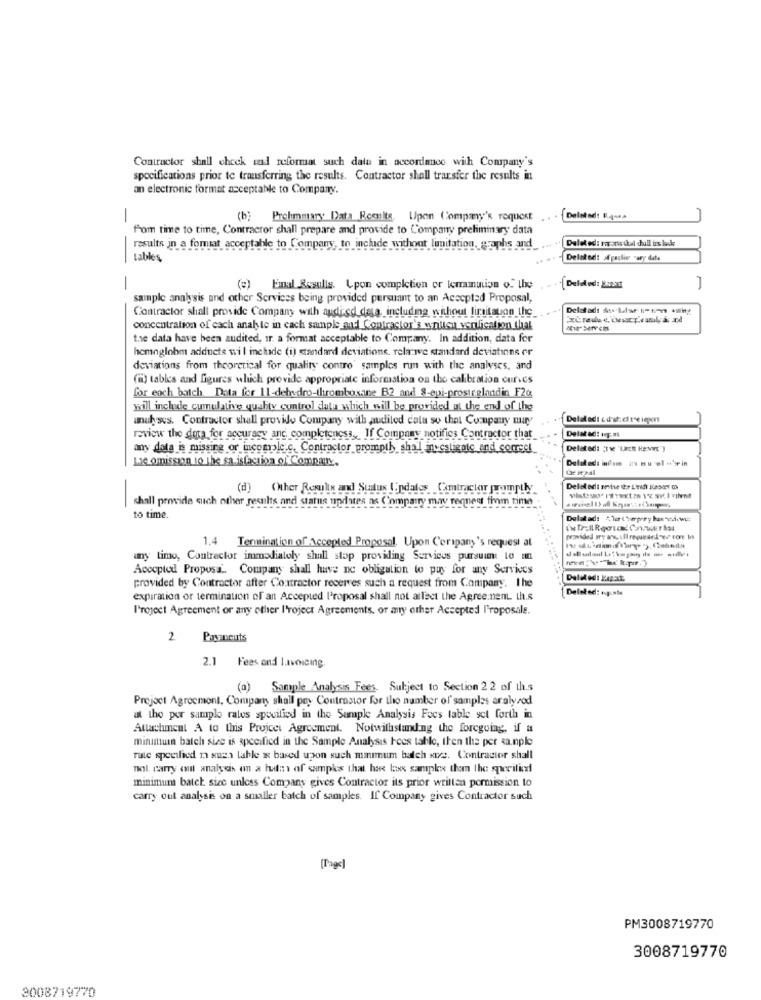
Contractor shall check tad reformat such data in accordance with Company's
specifications prior te transferring the results. Contractor shall transfer the results in
an electronic format acceptable to Company.
(b) Prohmmary Data Roenits. Upon Company's request
from time to time, Contracror shall prepare and provide to Company preliminary data
Dalet od: rar aros ulul dall in beide
results in a forniat acceptable to Company, to include without limitation, graphs and
tables
--
Delaked: af gaulier cary data
1
-
() Final Results. Upon completion or leminution of the
Delded: Just
sample analysis and other Services being provided pursuant to an Accepted Proposal,
Contractor shall provide Company with audied data, including, without limitauon the
Delstadı das Llw 1-t- 4why
concentration of each analyte in cach sample and Contractor's wrillsu verification that
tase data have been audited, ir a format acceptable to Company. In addition, data for
hemoglobm adduets wil inchide (i) standard deviatione, rela we standard deviatinne er
deviations from theoretical for quality contro' samples run with the analyses, and
(i) tables and figures which provide appropriate information on the calibration curves
for eoch batch. Dota for 11-dehydro-thrombosane B2 and 8-epi-prostrelandin F2@
wwill include cumulative quality control dula which will be provided at the end of the
analy ses. Contractor shall provide Company with audited cata so that Company may
Delat ed: +F.m
review the data for accuracy and, completeness,If Company notifics Contractor that
any data is missing or incomple.c. Contractor promptly shall investigate and comeel
Delated: ; 11e "Larch Hesvt")
Lie omission 10 the sa isfaction of Company.
Delatadi infam in mu 'el-'s in
(d) Other Remulix and Status Updates. Comtractor promptly
Deletedi sevive :+ Linh Keson Oh
shall provide such other results and status updates as Compatry may rennens fim time
to time.
Delatadı 21otherpry kancáout
1,4 Termination of Accepted Proposal. Upon Ceripany's request at
any timo, Contractor immediately shall stop providing Services pursuit to an
Accepted Proposa .. Company shall have no obligation to pay for any Services
Deletedi Kapat
provided by Contractor after Couxtractor receives such a request from Company. I he
Deleted: +gunis
expiration or termination of ant Accepted Proposal shall not affect the Agree:nem th.s
l'roject Agreement or any other l'roject Agreements, or any other Accepted Proposale.
2
Payneuts
2.1 Fees and Invoicing.
(a) Sample Analysis Fees. Subject to Section 22 of th.s
Project Agreement, Compar shall pey Contrastor for the number of samples aralysod
at the por sample rates specified in the Sample Analysis Fues table set forth in
Attachment A to this Projces Agreement. Notwithstanding the foregoing, if a
minimun batch size is specified in the Sample Analysis Fees table, then the per sample
rate specified n suza table i based upon such minimum balch xte. Contractor shall
nol carry out analysis on a huti of samples that hoe lass samples then the specificxi
minimum batch size unless Company gives Contractor its prior written permission to
carry out analysis on a smaller batch of samples. If Company gives Contractor such
[Page]
PM3008719770
3008719770
3008719770